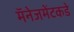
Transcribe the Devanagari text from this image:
मॅनेजमेंटकडे